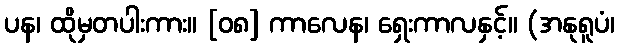
ပန၊ ထိုမှတပါးကား။ [၀၈] ကာလေန၊ ရှေးကာလနှင့်။ (အနုရူပံ၊